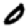
Digit: 0